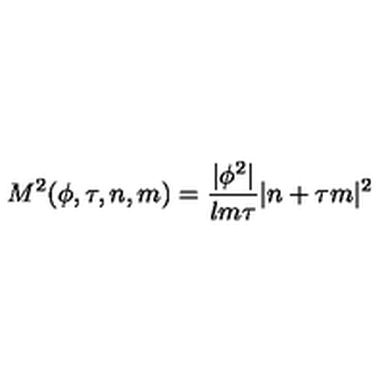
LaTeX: M ^ { 2 } ( \phi , \tau , n , m ) = \frac { | \phi ^ { 2 } | } { l m \tau } | n + \tau m | ^ { 2 }